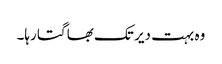
وہ بہت دیر تک بھاگتا رہا۔